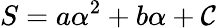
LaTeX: S=a\alpha^{2}+b\alpha+\mathcal{C}